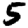
Digit: 5